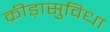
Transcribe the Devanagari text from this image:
क्रीड़ासुविधा